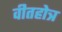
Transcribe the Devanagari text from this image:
वीतहोत्र